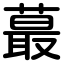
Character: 蕞